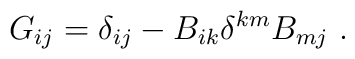
G_{ij}=\delta_{ij}-B_{ik}\delta^{km}B_{mj} \ .